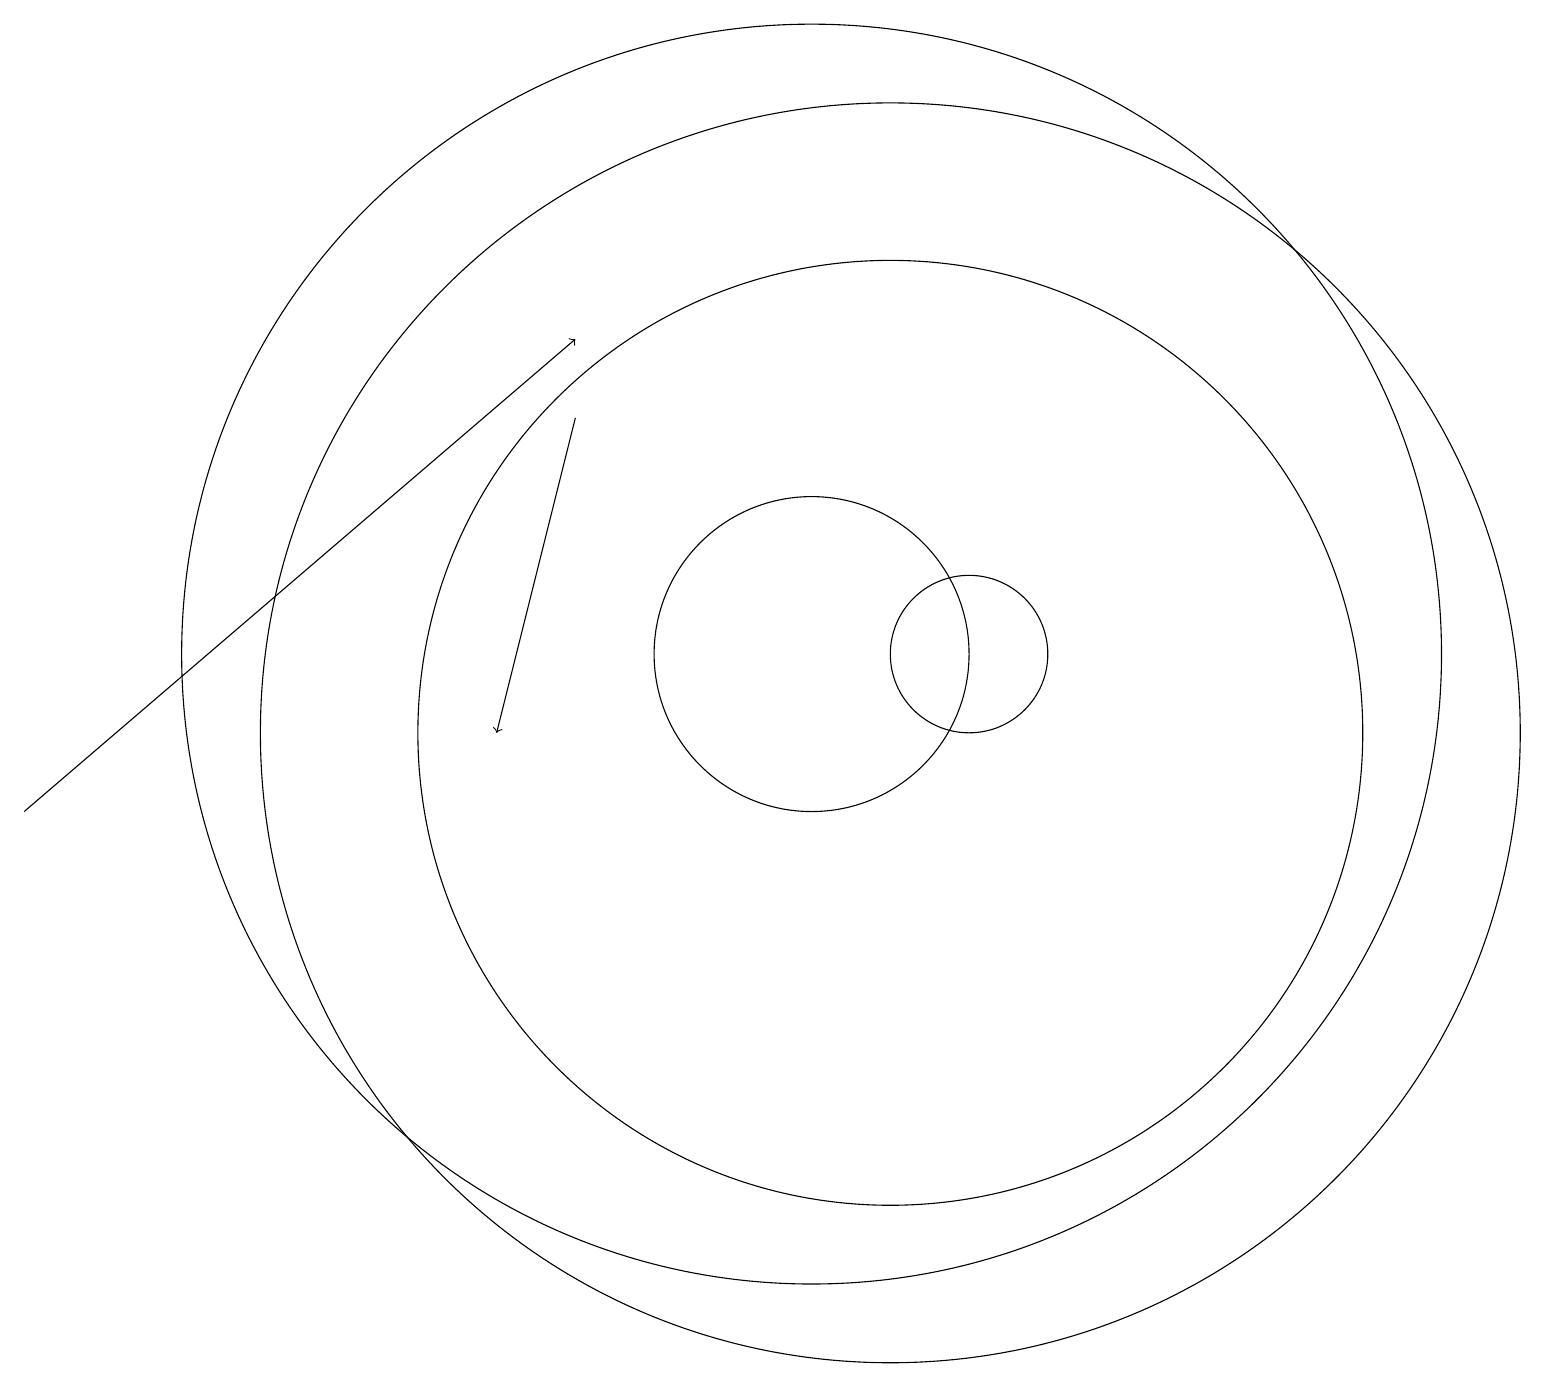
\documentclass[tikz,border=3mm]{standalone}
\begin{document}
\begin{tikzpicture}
\draw (10,12) circle (2);
\draw (11,11) circle (6);
\draw (11,11) circle (8);
\draw[->] (7,15) -- (6,11);
\draw (12,12) circle (1);
\draw (10,12) circle (8);
\draw[->] (0,10) -- (7,16);
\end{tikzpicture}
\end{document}